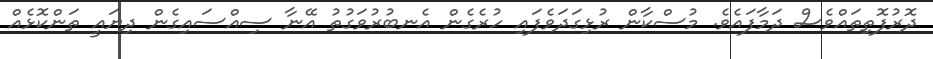
ދޮރުފޮތިތައްވެސް ދަމާފައެވެ. މުސްކާން ރުޅިގަދަވެފައި ހުރެގެން އެނބުރުވަގުތު އޭނާ ސިއްސައިގެން ދިޔައީ ތަންކޮޅެއް